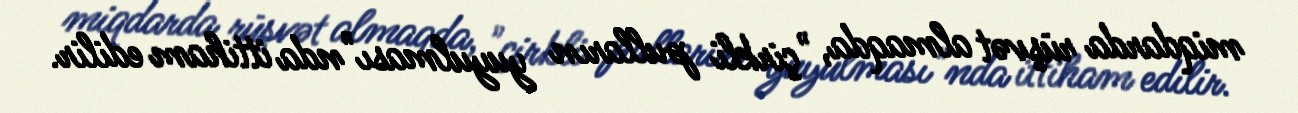
miqdarda rüşvət almaqda, "çirkli pulların yuyulması"nda ittiham edilir.